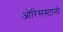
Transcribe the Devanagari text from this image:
ओरिसस्टानो